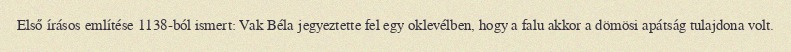
Első írásos említése 1138-ból ismert: Vak Béla jegyeztette fel egy oklevélben, hogy a falu akkor a dömösi apátság tulajdona volt.